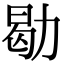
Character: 㔠